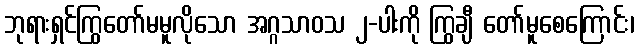
ဘုရားရှင်ကြွတော်မမူလိုသော အဂ္ဂသာဝသ ၂-ပါးကို ကြွချီ တော်မူစေကြောင်း၊